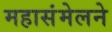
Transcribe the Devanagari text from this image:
महासंमेलने